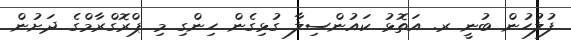
ފުލުހުން ބުނީ ރ. އަތޮޅު ކައުންސިލާ ގުޅިގެން ހިންގި މި ޕްރޮގްރާމްގެ ދަށުން